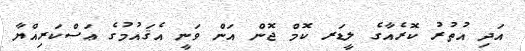
އަދި އުތުރު ކޮރެއާގެ ލީޑަރ ކޮމް ޖޮން އަން ވަނީ އެޤައުމުގެ ޢަސްކަރިއްޔާ